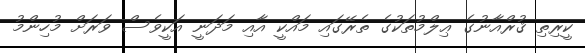
ކީރިތި ޤުރްއާނުގެ ޢިލްމުތަކުގެ ތެރޭގައި މައްކީ އާއި މަދަނީ އަކީވެސް ވަރަށް މުހިންމު